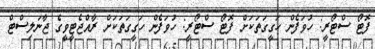
ފޮޓޯ ސްޓޯރީ: ހުވަފެން ހަގީގަތަކަށް ފޮޓޯ ސްޓޯރީ: ހުވަފެން ހަގީގަތަކަށް ރާއްޖެޓީވީގެ ޖާނަލިސްޓް